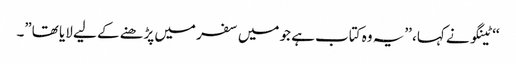
‘‘ ٹینگو نے کہا، ’’یہ وہ کتاب ہے جو میں سفر میں پڑھنے کے لیے لایا تھا”۔